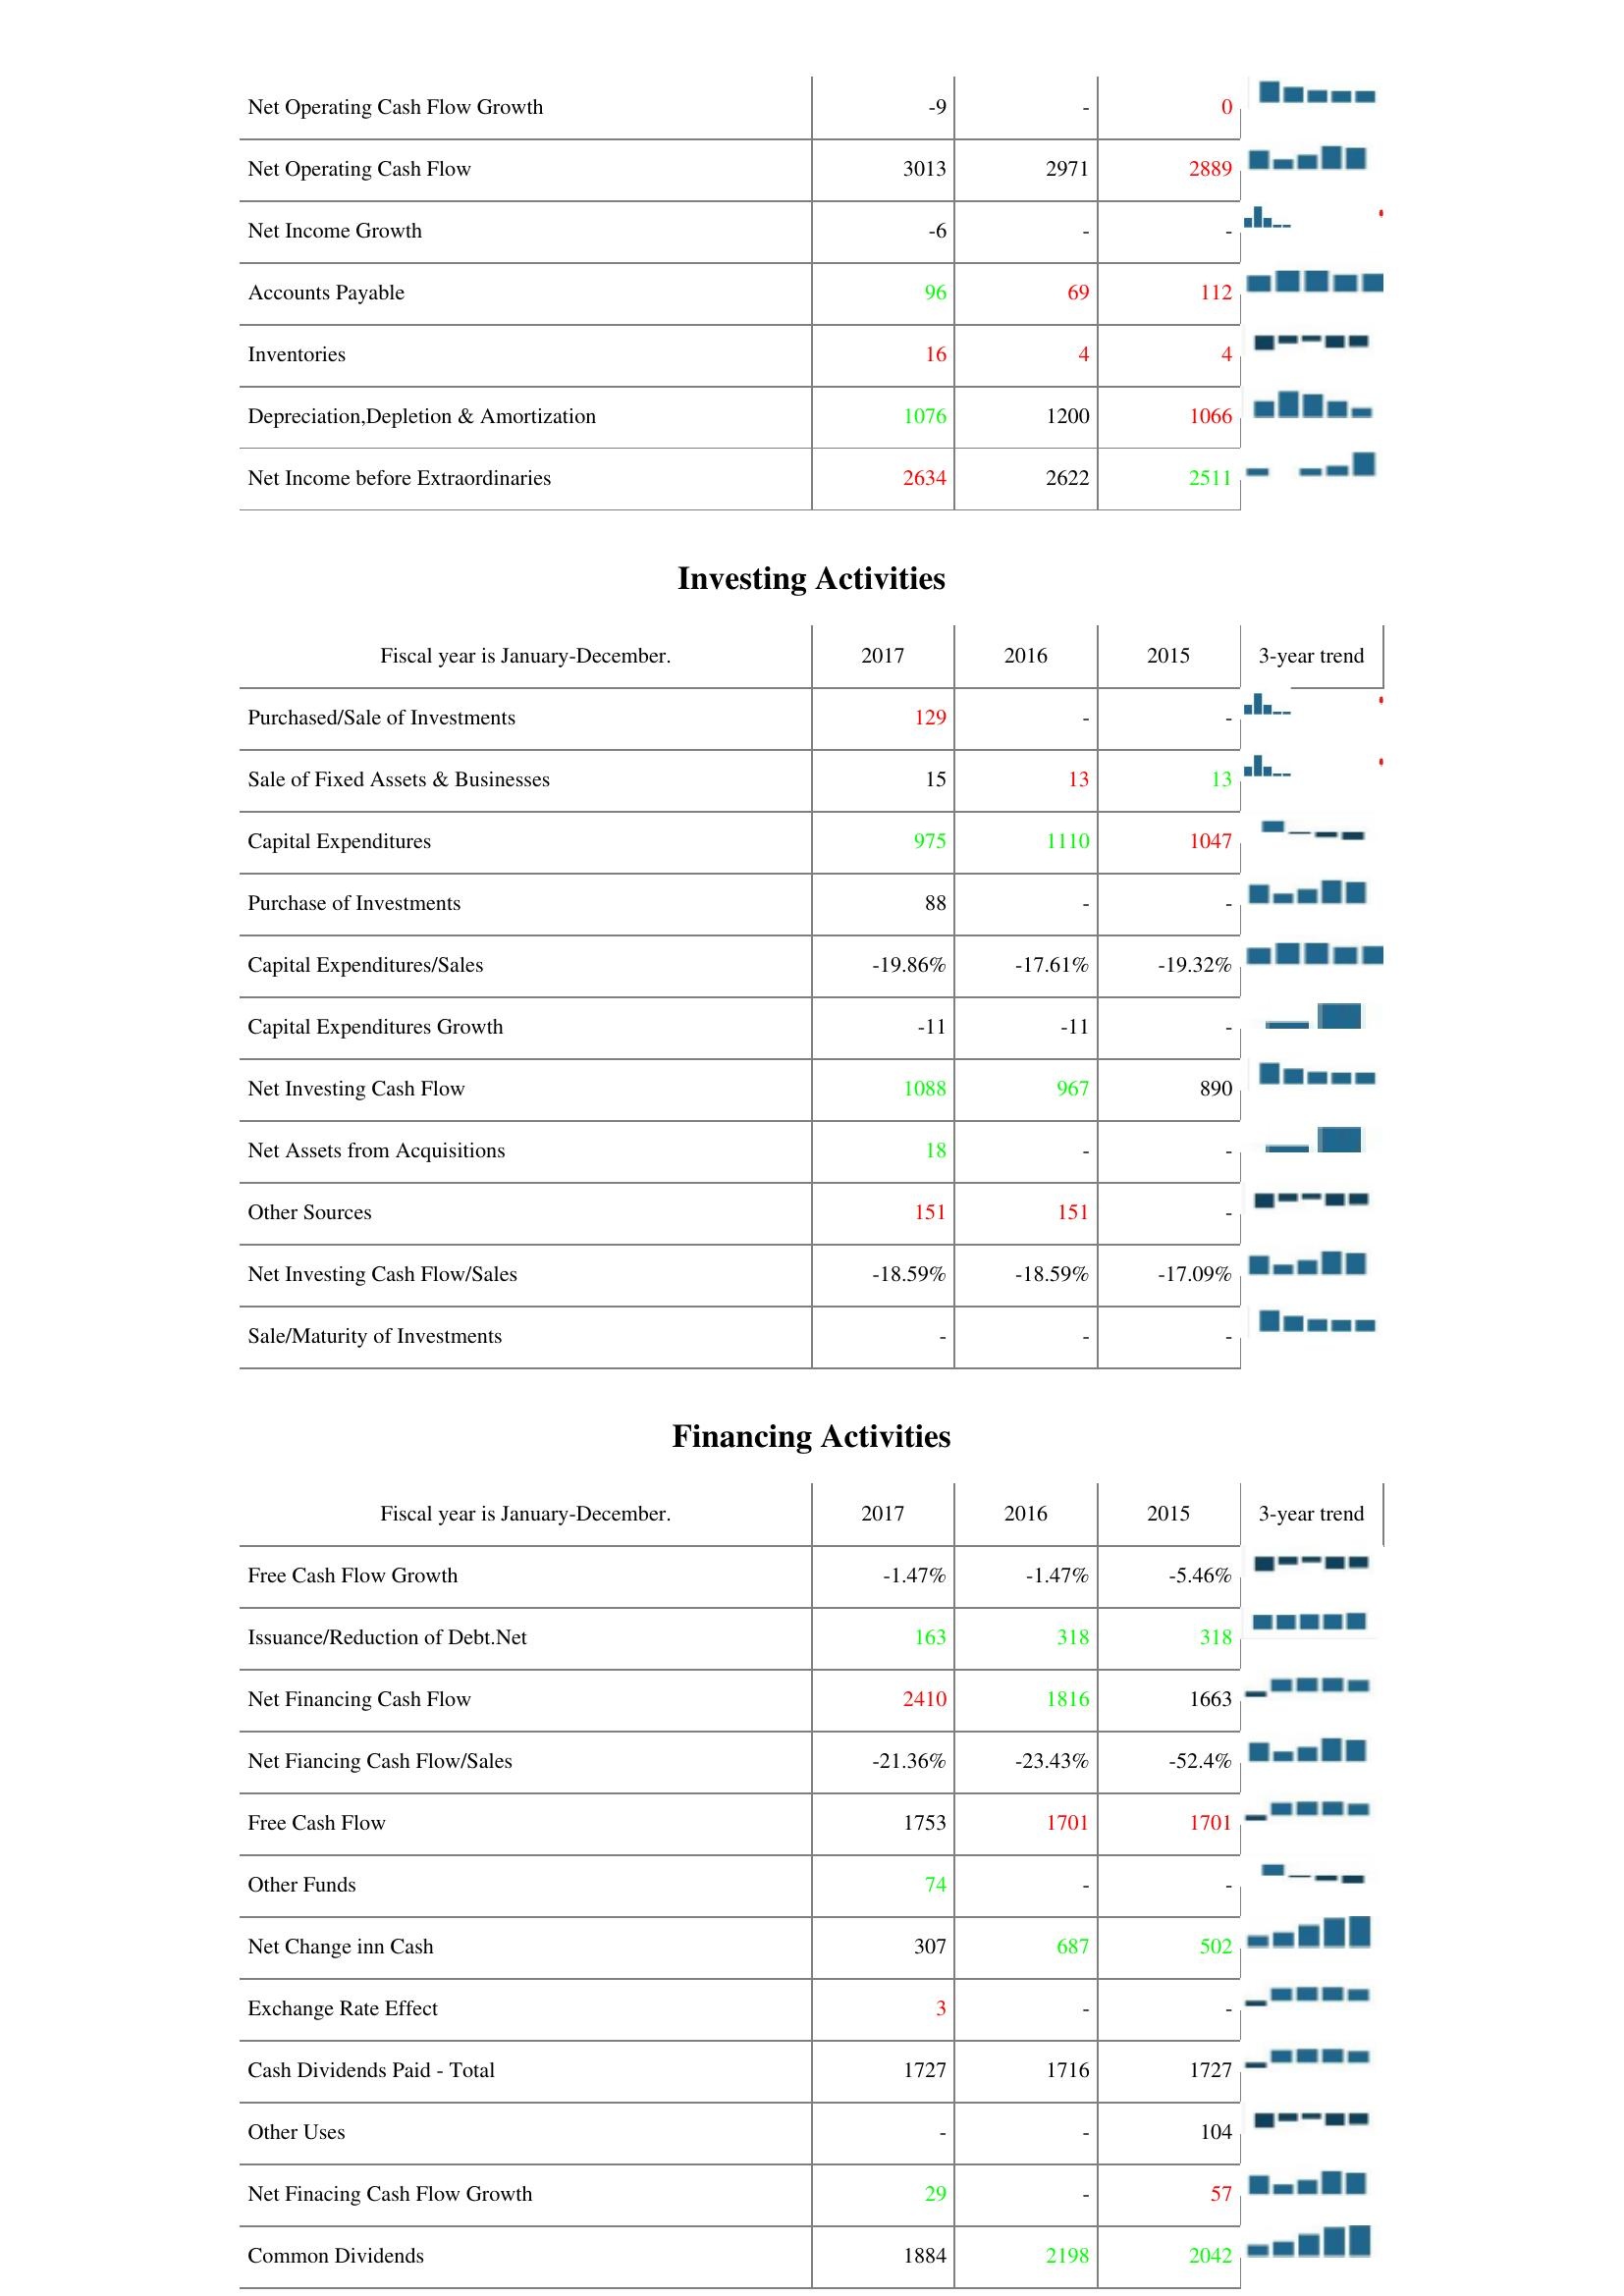
2017: Operating Activities: Net Operating Cash Flow Growth: -9
Net Operating Cash Flow: 3013
Net Income Growth: -6
Accounts Payable: 96
Inventories: 16
Depreciation,Depletion & Amortization: 1076
Net Income before Extraordinaries: 2634
Investing Activities: Purchased/Sale of Investments: 129
Sale of Fixed Assets & Businesses: 15
Capital Expenditures: 975
Purchase of Investments: 88
Capital Expenditures/Sales: -19.86%
Capital Expenditures Growth: -11
Net Investing Cash Flow: 1088
Net Assets from Acquisitions: 18
Other Sources: 151
Net Investing Cash Flow/Sales: -18.59%
Sale/Maturity of Investments: -
Financing Activities: Free Cash Flow Growth: -1.47%
Issuance/Reduction of Debt.Net: 163
Net Financing Cash Flow: 2410
Net Fiancing Cash Flow/Sales: -21.36%
Free Cash Flow: 1753
Other Funds: 74
Net Change inn Cash: 307
Exchange Rate Effect: 3
Cash Dividends Paid - Total: 1727
Other Uses: -
Net Finacing Cash Flow Growth: 29
Common Dividends: 1884
2016: Operating Activities: Net Operating Cash Flow Growth: -
Net Operating Cash Flow: 2971
Net Income Growth: -
Accounts Payable: 69
Inventories: 4
Depreciation,Depletion & Amortization: 1200
Net Income before Extraordinaries: 2622
Investing Activities: Purchased/Sale of Investments: -
Sale of Fixed Assets & Businesses: 13
Capital Expenditures: 1110
Purchase of Investments: -
Capital Expenditures/Sales: -17.61%
Capital Expenditures Growth: -11
Net Investing Cash Flow: 967
Net Assets from Acquisitions: -
Other Sources: 151
Net Investing Cash Flow/Sales: -18.59%
Sale/Maturity of Investments: -
Financing Activities: Free Cash Flow Growth: -1.47%
Issuance/Reduction of Debt.Net: 318
Net Financing Cash Flow: 1816
Net Fiancing Cash Flow/Sales: -23.43%
Free Cash Flow: 1701
Other Funds: -
Net Change inn Cash: 687
Exchange Rate Effect: -
Cash Dividends Paid - Total: 1716
Other Uses: -
Net Finacing Cash Flow Growth: -
Common Dividends: 2198
2015: Operating Activities: Net Operating Cash Flow Growth: 0
Net Operating Cash Flow: 2889
Net Income Growth: -
Accounts Payable: 112
Inventories: 4
Depreciation,Depletion & Amortization: 1066
Net Income before Extraordinaries: 2511
Investing Activities: Purchased/Sale of Investments: -
Sale of Fixed Assets & Businesses: 13
Capital Expenditures: 1047
Purchase of Investments: -
Capital Expenditures/Sales: -19.32%
Capital Expenditures Growth: -
Net Investing Cash Flow: 890
Net Assets from Acquisitions: -
Other Sources: -
Net Investing Cash Flow/Sales: -17.09%
Sale/Maturity of Investments: -
Financing Activities: Free Cash Flow Growth: -5.46%
Issuance/Reduction of Debt.Net: 318
Net Financing Cash Flow: 1663
Net Fiancing Cash Flow/Sales: -52.4%
Free Cash Flow: 1701
Other Funds: -
Net Change inn Cash: 502
Exchange Rate Effect: -
Cash Dividends Paid - Total: 1727
Other Uses: 104
Net Finacing Cash Flow Growth: 57
Common Dividends: 2042